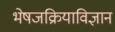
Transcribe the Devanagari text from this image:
भेषजक्रियाविज्ञान